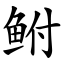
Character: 鲋